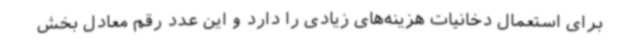
برای استعمال دخانیات هزینه‌های زیادی را دارد و این عدد رقم معادل بخش